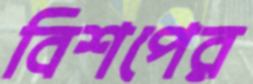
বিশপের